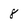
Character: 8